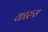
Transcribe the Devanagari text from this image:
कारुस